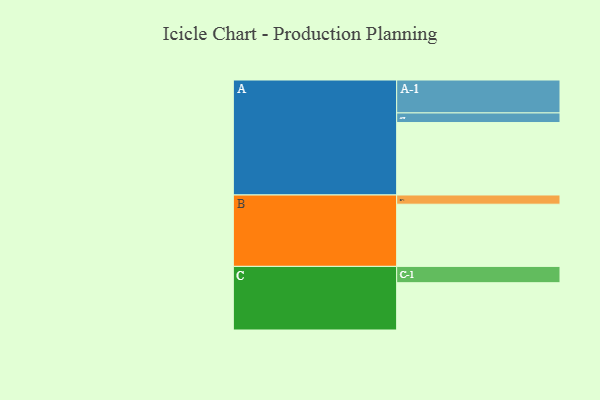
{"axis": {"x": "Segment", "y": "Value"}, "legend": ["", "A", "B", "C"], "data": [{"x": "A", "y": 550, "type": ""}, {"x": "B", "y": 472, "type": ""}, {"x": "C", "y": 359, "type": ""}, {"x": "A-1", "y": 250, "type": "A"}, {"x": "A-2", "y": 73, "type": "A"}, {"x": "B-1", "y": 70, "type": "B"}, {"x": "C-1", "y": 124, "type": "C"}]}